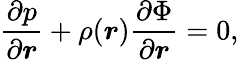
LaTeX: \frac{\partial p}{\partial\boldsymbol{r}}+\rho(\boldsymbol{r})\frac{\partial\Phi}{\partial\boldsymbol{r}}=0,